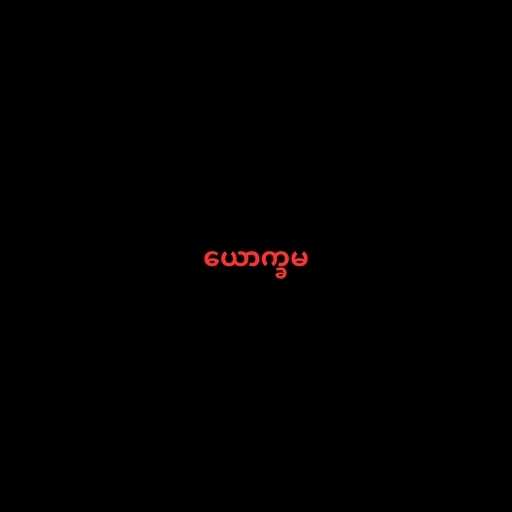
ယောက္ခမ